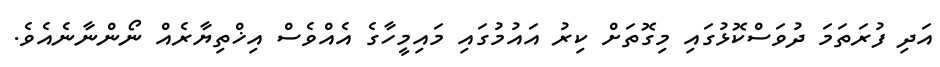
އަދި ފުރަތަމަ ދުވަސްކޮޅުގައި މިގޮތަށް ކިރު އައުމުގައި މައިމީހާގެ އެއްވެސް އިޚްތިޔާރެއް ނޯންނާނެއެވެ.